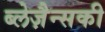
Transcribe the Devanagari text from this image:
ब्लेज़ैन्सकी